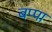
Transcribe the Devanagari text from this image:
बप्‍पा